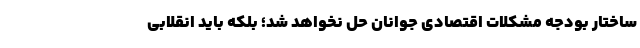
ساختار بودجه مشکلات اقتصادی جوانان حل نخواهد شد؛ بلکه باید انقلابی